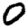
Digit: 0